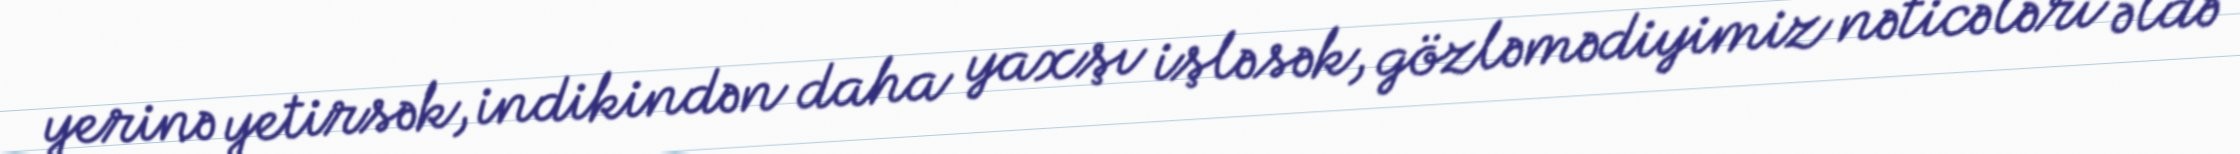
yerinə yetirsək, indikindən daha yaxşı işləsək, gözləmədiyimiz nəticələri əldə